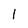
Character: 1